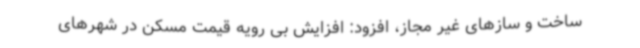
ساخت و سازهای غیر مجاز، افزود: افزایش بی رویه قیمت مسکن در شهرهای